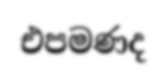
එපමණද